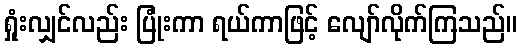
ရှုံးလျှင်လည်း ပြုံးကာ ရယ်ကာဖြင့် လျော်လိုက်ကြသည်။